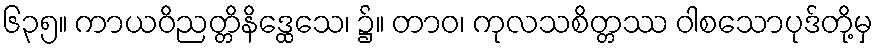
၆၃၅။ ကာယဝိညတ္တိနိဒ္ထေသေ၊ ၌။ တာဝ၊ ကုလသစိတ္တဿ ဝါစသောပုဒ်တို့မှ